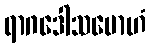
ရာဂဒေါသမောဟံ